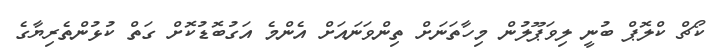
ކޯޗް ކްލޮޕް ބުނީ ލިވަޕޫލުން މިހާތަނަށް ތިންވަނައަށް އެންމެ އަގުބޮޑުކޮށް ގަތް ކުޅުންތެރިޔާގެ